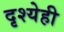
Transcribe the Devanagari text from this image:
दृश्येही